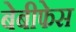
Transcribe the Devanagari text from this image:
बेबीफेस